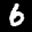
Label: 6